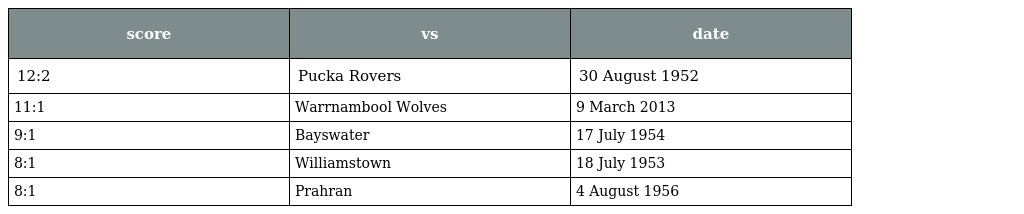
| score | vs | date |
 | --- | --- | --- |
 | 12:2 | Pucka Rovers | 30 August 1952 |
 | 11:1 | Warrnambool Wolves | 9 March 2013 |
 | 9:1 | Bayswater | 17 July 1954 |
 | 8:1 | Williamstown | 18 July 1953 |
 | 8:1 | Prahran | 4 August 1956 |